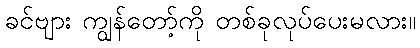
ခင်ဗျား ကျွန်တော့်ကို တစ်ခုလုပ်ပေးမလား။